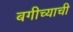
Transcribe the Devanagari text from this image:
बगीच्याची